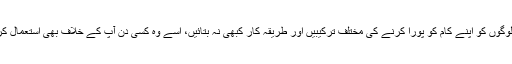
مزید یہ کہ لوگوں کو اپنے کام کو پورا کرنے کی مختلف ترکیبیں اور طریقہ کار کبھی نہ بتائیں، اسے وہ کسی دن آپ کے خلاف بھی استعمال کرسکتے ہیں۔